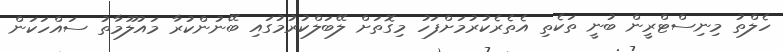
ހެލްތު މިނިސްޓްރީން ބުނީ ތަކެތި އެތެރެކުރުމަށްފަހު މިގޮތަށް ލޭބަލްކުރުމުގައި ބޭނުންކުރާ މައުލޫމާތު ސައްހަކަން